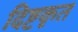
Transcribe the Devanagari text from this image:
दिष्टकृत